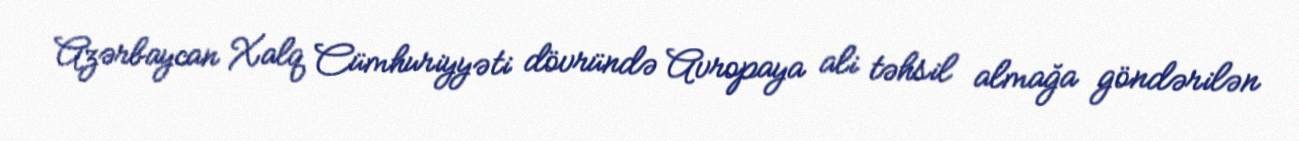
Azərbaycan Xalq Cümhuriyyəti dövründə Avropaya ali təhsil almağa göndərilən